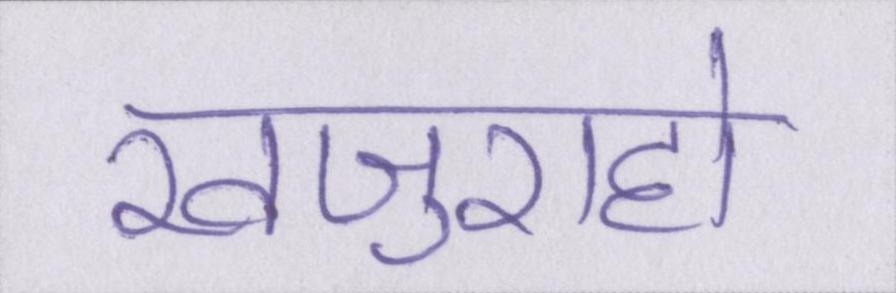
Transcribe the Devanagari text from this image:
खजुराहो